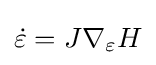
{\textstyle {\dot {\varepsilon }}=J\nabla _{\varepsilon }H}